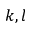
k , l